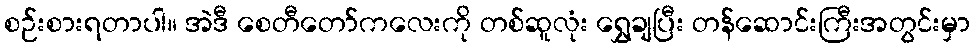
စဉ်းစားရတာပါ။ အဲဒီ စေတီတော်ကလေးကို တစ်ဆူလုံး ရွှေချပြီး တန်ဆောင်းကြီးအတွင်းမှာ